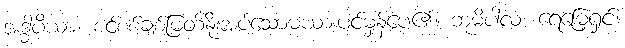
အဒ္ဓါပိယာ၊ စင်စစ်ချစ်မြတ်နိုးအပ်သောမယားပင်မှန်ပေ၏။ ဘူမိပါလ၊ ရေမြေ့ရှင်။